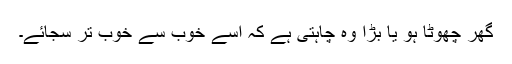
گھر چھوٹا ہو یا بڑا وہ چاہتی ہے کہ اسے خوب سے خوب تر سجائے۔